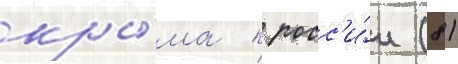
кры́ма к росс'и́и (8)